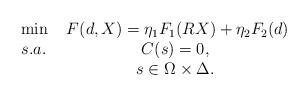
LaTeX: \begin{align*}\begin{array}{lc} \min &\;F(d,X)=\eta_1 F_1(RX)+\eta_2F_2(d)\\s.a. & C(s)=0,\\&s\in \Omega\times\Delta.\\\end{array}\end{align*}